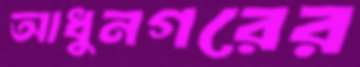
আধুনগরের